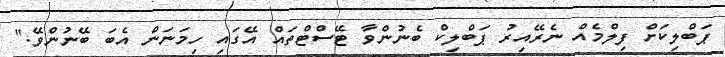
ޕަބްލިކަށް ފިލްމެއް ނެރޭއިރު ޕަބްލިކް ބެނުންވާ ޓޭސްޓްތައް އޭގައި ހިމަނަން އެބަ ބޭނުންވޭ."